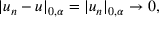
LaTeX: | u _ { n } - u | _ { 0 , \alpha } = | u _ { n } | _ { 0 , \alpha } \to 0 ,